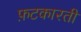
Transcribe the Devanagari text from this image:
फ़टकारती